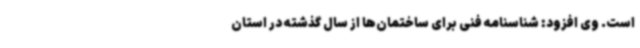
است. وی افزود: شناسنامه فنی برای ساختمان‌ها از سال گذشته در استان